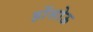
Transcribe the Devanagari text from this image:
होंसोऊ